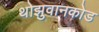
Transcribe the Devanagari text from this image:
थोझुवानकोड